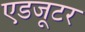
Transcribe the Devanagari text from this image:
एडजूटर